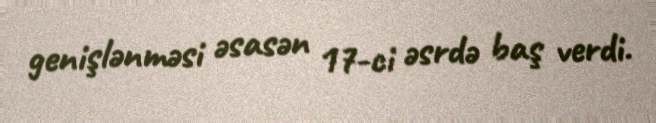
genişlənməsi əsasən 17-ci əsrdə baş verdi.